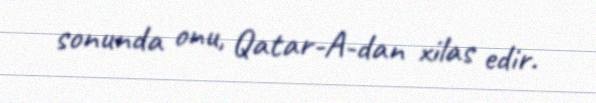
sonunda onu, Qatar-A-dan xilas edir.